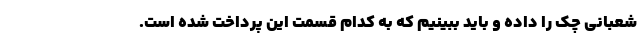
شعبانی چک را داده و باید ببینیم که به کدام قسمت این پرداخت شده است.